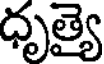
ధృత్యై